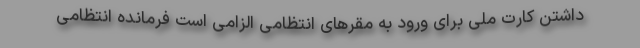
داشتن کارت ملی برای ورود به مقرهای انتظامی الزامی است فرمانده انتظامی